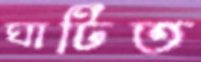
ঘাটিত